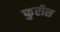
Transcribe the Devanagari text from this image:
फुरीस